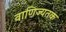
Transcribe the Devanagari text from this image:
वाणिज्यतक